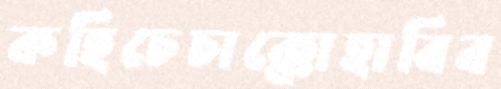
কহিচেচাক্কোহাবিব